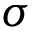
\sigma